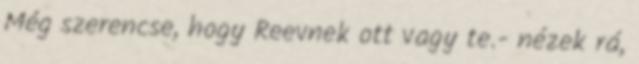
Még szerencse, hogy Reevnek ott vagy te.- nézek rá,